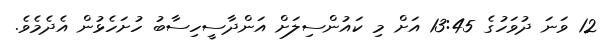
12 ވަނަ ދުވަހުގެ 13:45 އަށް މި ކައުންސިލަށް އަންދާސީހިސާބު ހުށަހެޅުން އެދެމެވެ.